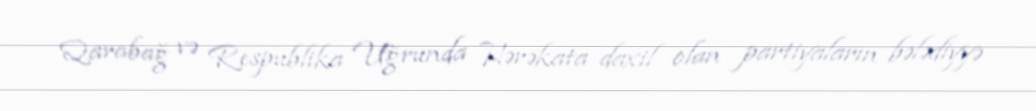
Qarabağ və Respublika Uğrunda Hərəkata daxil olan partiyaların bələdiyyə